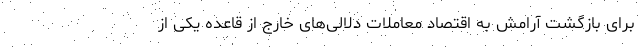
برای بازگشت آرامش به اقتصاد معاملات دلالی‌های خارج از قاعده یکی از